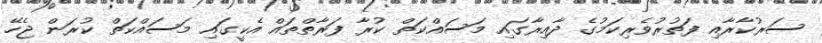
ސަރުކާރާއި ފަތުރުވެރިކަމުގެ ދާއިރާގައި މަސައްކަތް ކުރާ ފަރާތްތައް އެކީގައި މަސައްކަތް ކުރަން ޖެހޭ